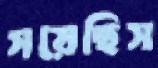
সয়েছিস